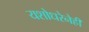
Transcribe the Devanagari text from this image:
यशोधरेनेही